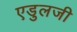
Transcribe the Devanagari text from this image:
एडुलजी